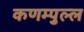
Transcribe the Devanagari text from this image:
कणम्पुल्ल